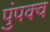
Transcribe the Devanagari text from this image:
पुंपक्व